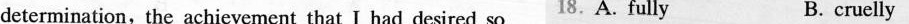
determination,the achievement that I had desired so 18.A. Fully B. cruelly